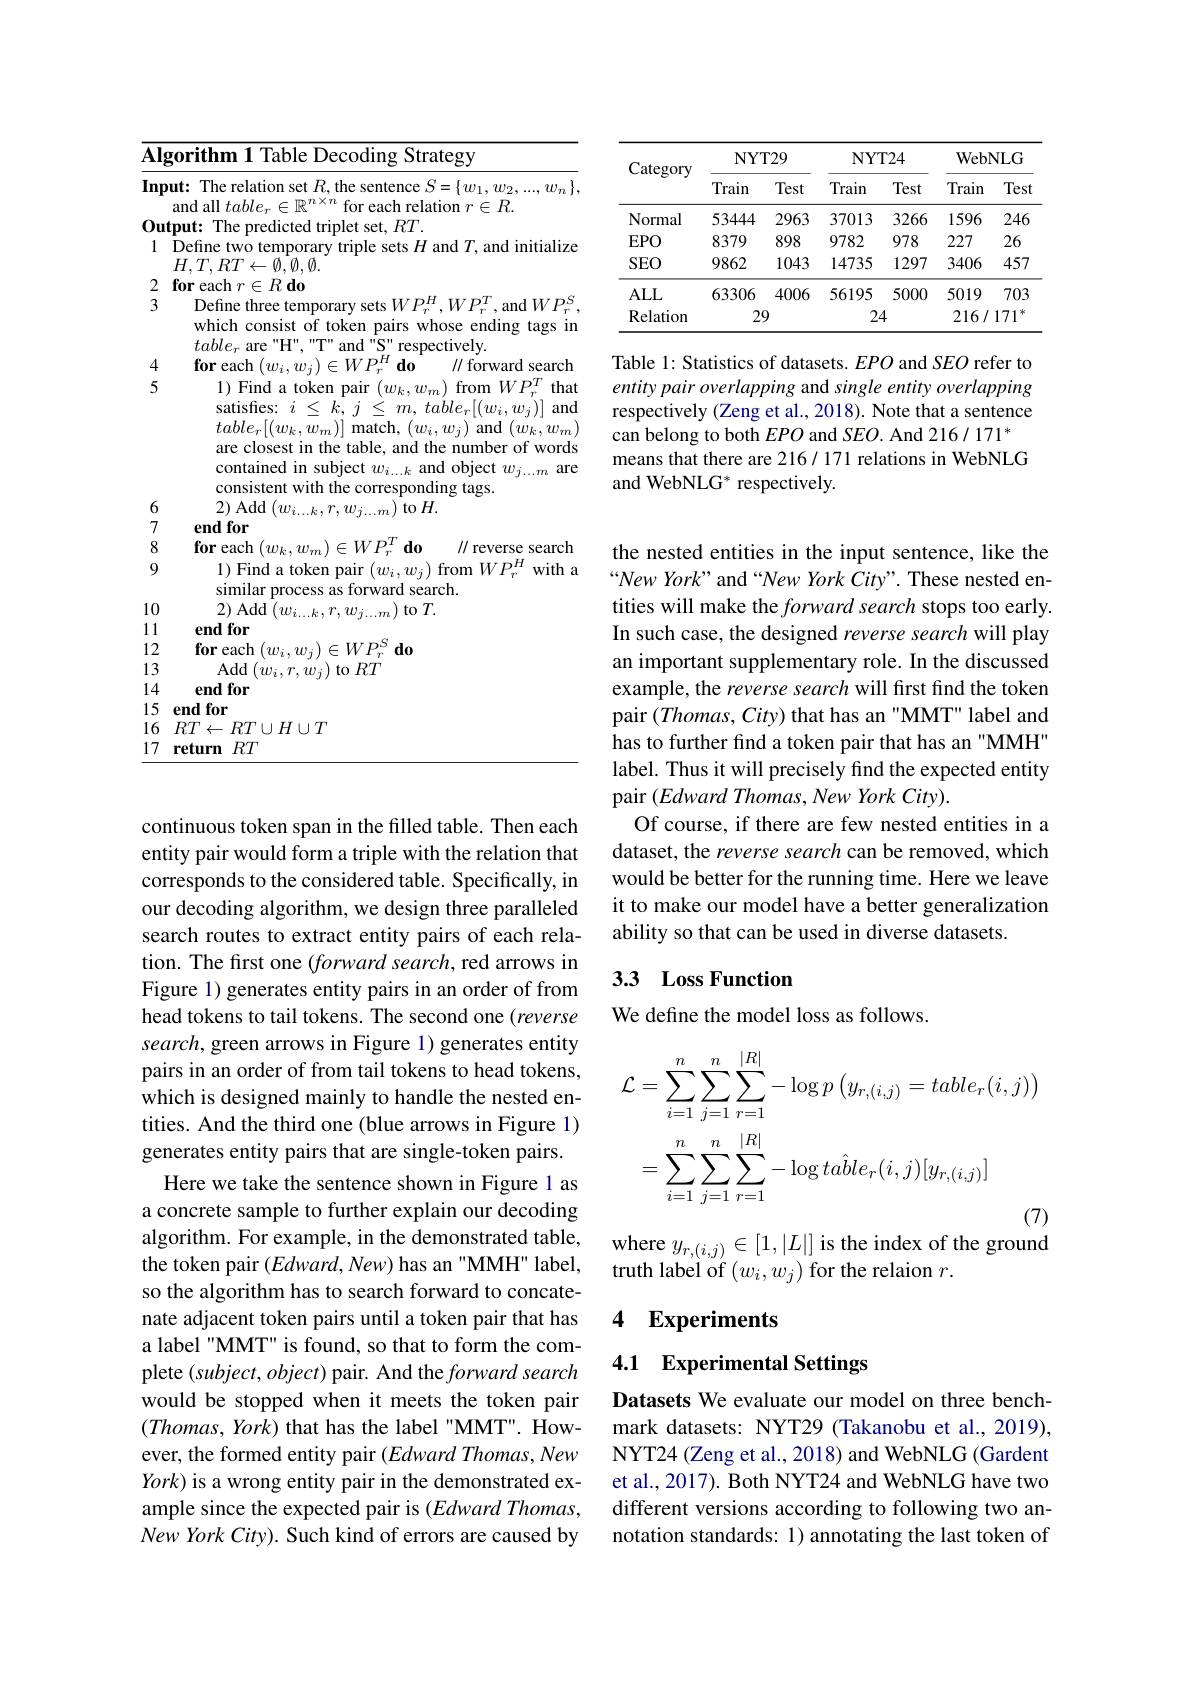
<table>
	<tbody>
		<tr>
			<td>$\overline{\mathbf{AI}};$</td>
			<td>gorithm 1 Table Decoding Strategy</td>
		</tr>
		<tr>
			<td>InF</td>
			<td>ut: The relation set $R$,the sentence $S=\{w_1,w_2,...,w_n\}$ and all $table_n\in\mathbb{R}^{n\times n}$ f for each relation $r\in R.$</td>
		</tr>
		<tr>
			<td>$0_{1}$ $\mathbf{u}$ 1 10</td>
			<td>$R7$</td>
		</tr>
		<tr>
			<td>1</td>
			<td>Define two temporary triple sets $H$ and $T$, and initialize $H,T,RT\leftarrow\emptyset,\emptyset,\emptyset.$</td>
		</tr>
		<tr>
			<td>2</td>
			<td>$\textbf{or each }r\in$ $R\textbf{do}$</td>
		</tr>
		<tr>
			<td>1</td>
			<td>which consist of token pairs whose endim $n0$ tags $table_{r}$ are "H", "T" and "S" respectively.</td>
		</tr>
		<tr>
			<td>$\daleth$ 5</td>
			<td>1 ) Find a token pair $(w_{k},w_{m})$ from $WP_{r}^{T}$ tha</td>
		</tr>
		<tr>
			<td>5</td>
			<td>satisfies: $i< k$, $j$ : $m$, $table_{r}[ ( w_{i}, w_{j}) ]$ anc $table_{r}[(w_{k},w_{m})]$ match, $(w_{i},w_{j})$ and $(w_{k},w_{m}$ are closest in the table, and the number of words contained in subject $w_i\ldots k$ and object $w_j\ldots m$ are $2mc$</td>
		</tr>
		<tr>
			<td> </td>
			<td> </td>
		</tr>
		<tr>
			<td>6</td>
			<td>$7I$ $\tan H.$</td>
		</tr>
		<tr>
			<td>7</td>
			<td>end for</td>
		</tr>
		<tr>
			<td>8</td>
			<td>for each $1A/P$ $d_0$ // reverse 1 $\because\because$ search</td>
		</tr>
		<tr>
			<td>9</td>
			<td>1) Find a token pair $(w_{i},w_{j})$ from $WP_{r}^{2}$ with $a$ similar process as forward search.</td>
		</tr>
		<tr>
			<td>10</td>
			<td>2) Add 1 $m)$ to $T.$</td>
		</tr>
		<tr>
			<td>11 </td>
			<td>endfor</td>
		</tr>
		<tr>
			<td>12</td>
			<td>for each ${\mathrm{IA}}/p$ $d_{0}$</td>
		</tr>
		<tr>
			<td>13</td>
			<td>Add $(w_{i},r,w_{i})$ to $RT$</td>
		</tr>
		<tr>
			<td>1. [4</td>
			<td>endfor</td>
		</tr>
		<tr>
			<td>15</td>
			<td>$\mathbf{endfor}$</td>
		</tr>
		<tr>
			<td>16</td>
			<td>$R^{\prime}/$ $\leftarrow RT\cup H\cup T$</td>
		</tr>
		<tr>
			<td>17</td>
			<td>return $RT$</td>
		</tr>
	</tbody>
</table>

continuous token span in the filled table. Then each entity pair would form a triple with the relation that corresponds to the considered table. Specifically, in our decoding algorithm, we design three paralleled search routes to extract entity pairs of each relation. The first one $( forward\textit{search, red arrows in}$ Figure 1) generates entity pairs in an order of from head tokens to tail tokens. The second one (reverse search, green arrows in Figure 1) generates entity pairs in an order of from tail tokens to head tokens, which is designed mainly to handle the nested entities. And the third one (blue arrows in Figure 1) generates entity pairs that are single-token pairs.
Here we take the sentence shown in Figure 1 as a concrete sample to further explain our decoding algorithm. For example, in the demonstrated table, the token pair $(Edward,New)$ has an "MMH" label, so the algorithm has to search forward to concatenate adjacent token pairs until a token pair that has a label "MMT" is found, so that to form the complete $(subject,object)$ pair. And the forward search would be stopped when it meets the token pair $(Thomas,York)$ that has the label"MMT". However, the formed entity pair $( Edward\textit{Thomas, New}$ $York)$ is a wrong entity pair in the demonstrated example since the expected pair is $( Edward\textit{Thomas, }$ New York City). Such kind of errors are caused by

<table>
	<tbody>
		<tr>
			<th rowspan="2">Category</th>
			<th colspan="2">$\mathbf{NYT29}$</th>
			<th colspan="2">NYT24</th>
			<th colspan="2">WebNLG</th>
		</tr>
		<tr>
			<th>Train</th>
			<th>Test</th>
			<th>Train</th>
			<th>Test</th>
			<th>Train</th>
			<th>Test</th>
		</tr>
		<tr>
			<td>Normal</td>
			<td>53444</td>
			<td>2963</td>
			<td>37013</td>
			<td>3266</td>
			<td>1596</td>
			<td>246</td>
		</tr>
		<tr>
			<td>$EPO$</td>
			<td>8379</td>
			<td>898</td>
			<td>9782</td>
			<td>978</td>
			<td>227</td>
			<td></td>
		</tr>
		<tr>
			<td>$SEO$</td>
			<td>9862</td>
			<td>1043</td>
			<td>14735</td>
			<td>1297</td>
			<td>3406</td>
			<td>457</td>
		</tr>
		<tr>
			<td>$ALL$</td>
			<td>63306</td>
			<td>4006</td>
			<td>56195</td>
			<td>5000</td>
			<td>5019</td>
			<td>703</td>
		</tr>
		<tr>
			<td>Relation</td>
			<td colspan="2">29</td>
			<td colspan="2">24</td>
			<td>216/</td>
			<td>171 冰</td>
		</tr>
	</tbody>
</table>

Table 1: Statistics of datasets. $EPO$ and SEO refer to entity pair overlapping and single entity overlapping respectively (Zeng et al., 2018). Note that a sentence can belong to both $EPO$ and SEO. And 216/ 171* means that there are 216/ 171 relations in WebNLG and WebNLG* respectively.

the nested entities in the input sentence, like the $“NewYork”$ and“New York City”. These nested entities will make the forward search stops too early. In such case, the designed reverse search will play an important supplementary role. In the discussed example, the reverse search will first find the token pair $(Thomas,City)$ that has an "MMT" label and has to further find a token pair that has an "MMH" label. Thus it will precisely find the expected entity pair $( Edward\textit{Thomas, New York City}) .$
Of course, if there are few nested entities in a dataset, the reverse search can be removed, which would be better for the running time. Here we leave it to make our model have a better generalization ability so that can be used in diverse datasets.

## 3.3 Loss Function

We define the model loss as follows.
$$\begin{aligned}\text{L}&=\sum_{i=1}^n\sum_{j=1}^n\sum_{r=1}^{|R|}-\log p\left(y_{r,(i,j)}=table_r(i,j)\right)\\&=\sum_{i=1}^n\sum_{j=1}^n\sum_{r=1}^{|R|}-\log ta\hat{b}le_r(i,j)[y_{r,(i,j)}]\\&&\text{(7)}\end{aligned}$$
where $y_{r,(i,j)}\in[1,|L|]$ is the index of the ground

truth label of $(w_i,w_j)$ for the relaion $r.$

## 4 Experiments

4.1 Experimental Settings

Datasets We evaluate our model on three benchmark datasets: NYT29 (Takanobu et al., 2019), NYT24 (Zeng et al., 2018) and WebNLG (Gardent et al., 2017). Both NYT24 and WebNLG have two different versions according to following two annotation standards: 1) annotating the last token of